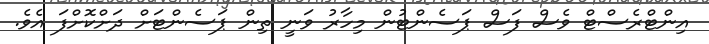
އިންޓްރެސްޓް ވެސް ފަސް ޕަސެންޓުން މިހާރު ވަނީ ތިން ޕަސެންޓަށް ދަށްކޮށްފަ އެވެ.